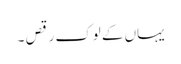
یہاں کے لوک رقص ۔